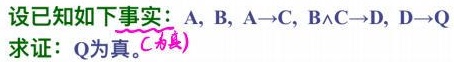
设已知如下事实：$A$, $B$, $A\rightarrow C$, $B\wedge C\rightarrow D$, $D\rightarrow Q$
求证：$Q$为真。（答案）